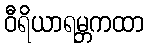
ဝီရိယာရမ္ဘကထာ